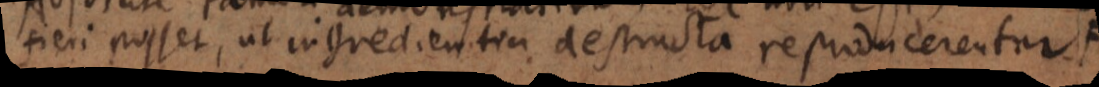
fieri posset, ut ingredientia destructa reproducerentur.